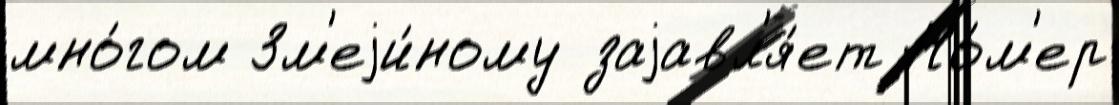
мно́гом Зм'еjи́ному заjавл'я́ет Но́м'ер